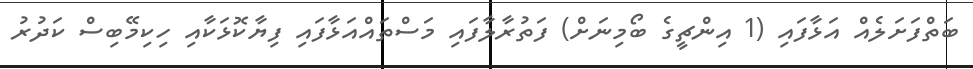
ބަތްފަށަލެއް އަޅާފައި (1 އިންޗީގެ ބޯމިނަށް) ފަތުރާލާފައި މަސްތައްއަޅާފައި ފިޔާކޮޅަކާއި ހިކިމޭބިސް ކަދުރު